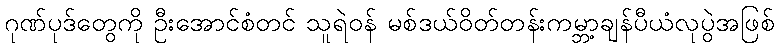
ဂုဏ်ပုဒ်တွေကို ဦးအောင်စံတင် သူရဲဝန် မစ်ဒယ်ဝိတ်တန်းကမ္ဘာ့ချန်ပီယံလုပွဲအဖြစ်